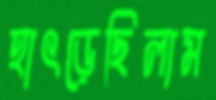
হাৎড়েছিলাম